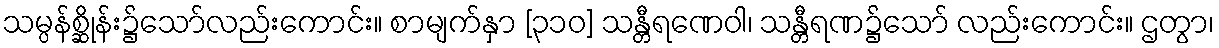
သမ္ပန်စ္ဆိုန်း၌သော်လည်းကောင်း။ စာမျက်နှာ [၃၁၀] သန္တီရဏေဝါ၊ သန္တီရဏ၌သော် လည်းကောင်း။ ဌတွာ၊